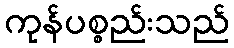
ကုန်ပစ္စည်းသည်